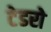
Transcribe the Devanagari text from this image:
टेडरो